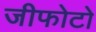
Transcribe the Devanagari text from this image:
जीफोटो